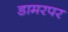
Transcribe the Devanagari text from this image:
डामरपर